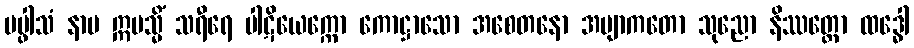
ပပ္ဖါသံ နာမ ဣမသ္မိံ သရီရေ ပါဋိယေက္ကော ကောဋ္ဌာသော အစေတနော အဗျာကတော သုညော နိဿတ္တော ထဒ္ဓေါ